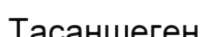
Тасаншеген